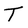
Character: T